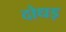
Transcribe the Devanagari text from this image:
दोधड़